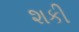
શકી